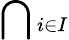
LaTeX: \bigcap{}_{i\in I}